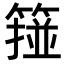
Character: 𥲵